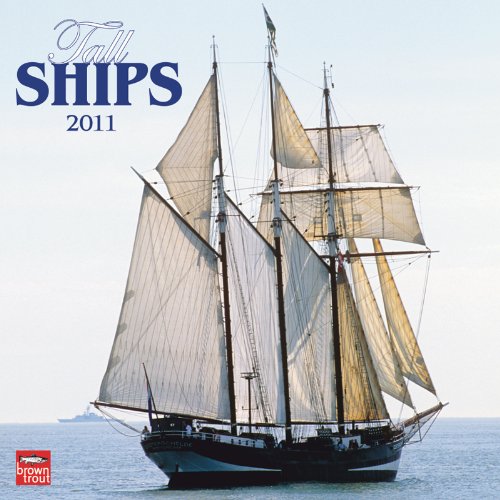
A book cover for Tall Ships 2011 Square 12X12 Wall Calendar; BrownTrout Publishers Inc; Calendars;